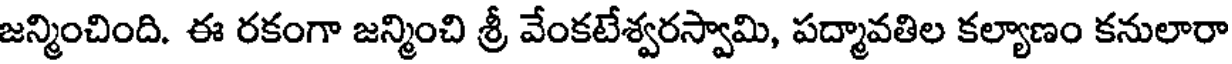
జన్మించింది. ఈ రకంగా జన్మించి శ్రీ వేంకటేశ్వరస్వామి, పద్మావతిల కల్యాణం కనులారా